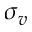
\sigma _ { v }